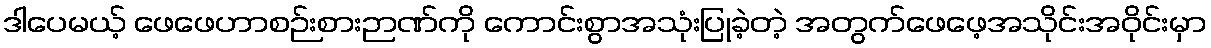
ဒါပေမယ့် ဖေဖေဟာစဉ်းစားဉာဏ်ကို ကောင်းစွာအသုံးပြုခဲ့တဲ့ အတွက်ဖေဖေ့အသိုင်းအဝိုင်းမှာ